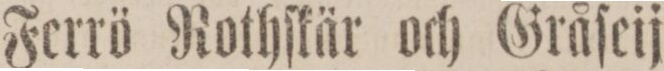
Ferrö Rothſkär och Gråſeij